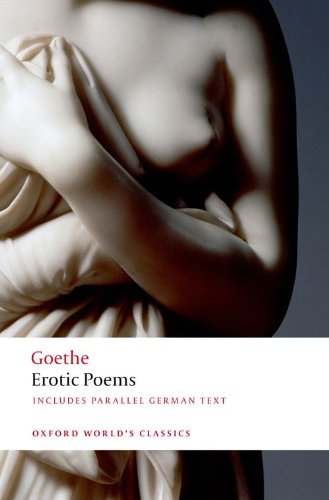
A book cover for Erotic Poems (Oxford World's Classics); Johann Wolfgang von Goethe; Romance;